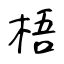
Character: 梧